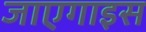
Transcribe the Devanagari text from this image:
जाएगाइस